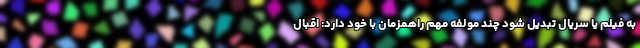
به فیلم یا سریال تبدیل شود چند مولفه مهم راهمزمان با خود دارد: اقبال